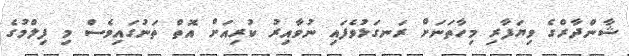
ޝާންދާރްގެ ވިޔަފާރި މިހާތަނަށް ރަނގަޅުވެފައި ނުވާއިރު ކުރިއަށް އޮތް ތަނުގައިވެސް މި ފިލްމުގެ